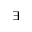
\exists